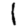
Digit: 1